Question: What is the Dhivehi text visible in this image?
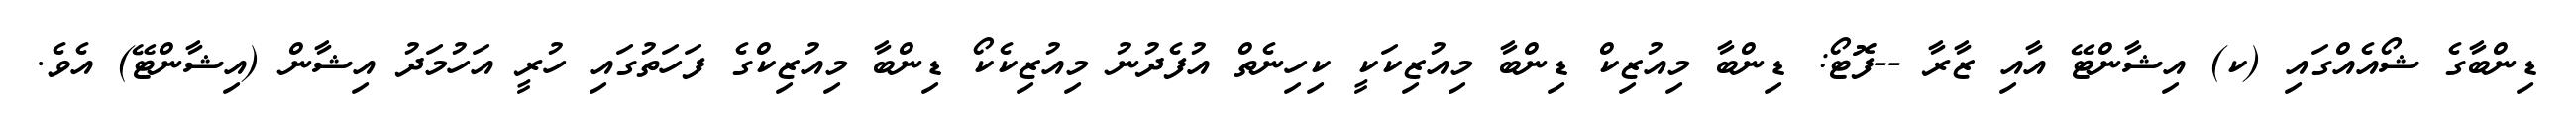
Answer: ޑިންބާގެ ޝޯއެއްގައި (ކ) އިޝާންޓޭ އާއި ޒާރާ --ފޮޓޯ: ޑިންބާ މިއުޒިކް ޑިންބާ މިއުޒިކަކީ ކިހިނެތް އުފެދުނު މިއުޒިކެކޯ ޑިންބާ މިއުޒިކްގެ ފަހަތުގައި ހުރީ އަހުމަދު އިޝާން (އިޝާންޓޭ) އެވެ.